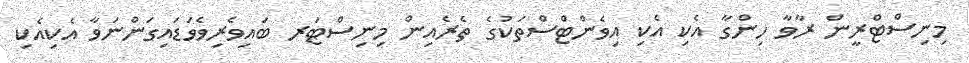
މިނިސްޓްރީން ރާވާ ހިންގާ އެކި އެކި އިވެންޓްސްތަކުގެ ތެރެއިން މިނިސްޓަރ ބައިވެރިވެވަޑައިގަންނަވާ އެކިއެކި